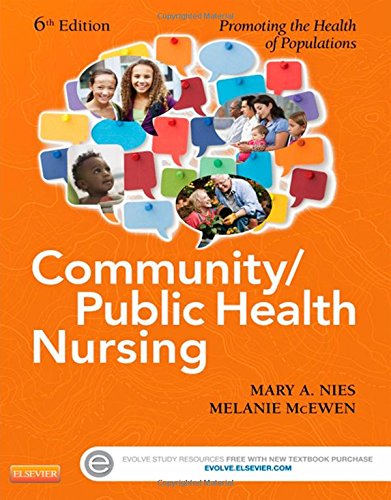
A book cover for Community/Public Health Nursing: Promoting the Health of Populations, 6e; Mary A. Nies PhD  RN  FAAN  FAAHB; Medical Books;